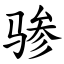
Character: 骖